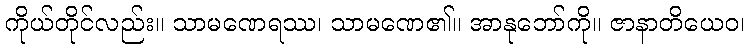
ကိုယ်တိုင်လည်း။ သာမဏေရဿ၊ သာမဏေ၏။ အာနုဘော်ကို။ ဇာနာတိယေဝ၊